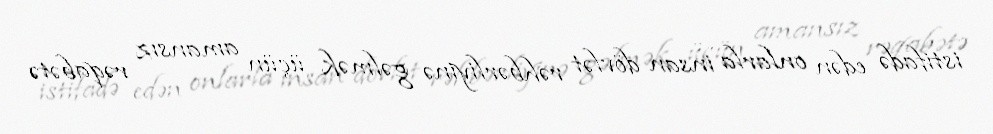
istifadə edən onlarla insan dövlət rəhbərliyinə gəlmək üçün amansız rəqabətə